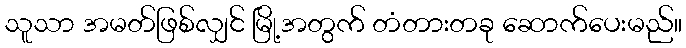
သူသာ အမတ်ဖြစ်လျှင် မြို့အတွက် တံတားတခု ဆောက်ပေးမည်။